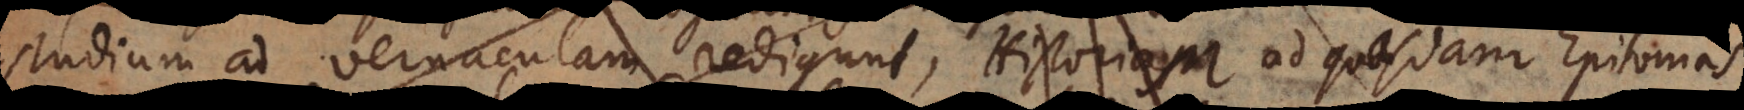
studium ad vernaculam redigunt, Historias Historiam ad